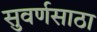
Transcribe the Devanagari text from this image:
सुवर्णसाठा